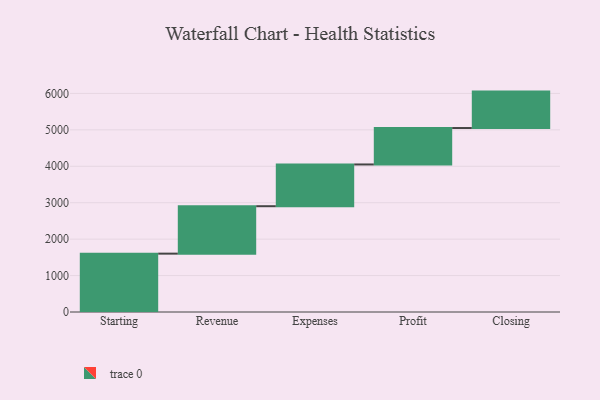
{"axis": {"x": "Step", "y": "Value"}, "legend": [""], "data": [{"x": "Starting", "y": 1602.0, "type": ""}, {"x": "Revenue", "y": 1302.0, "type": ""}, {"x": "Expenses", "y": 1146.0, "type": ""}, {"x": "Profit", "y": 1000, "type": ""}, {"x": "Closing", "y": 1000, "type": ""}]}